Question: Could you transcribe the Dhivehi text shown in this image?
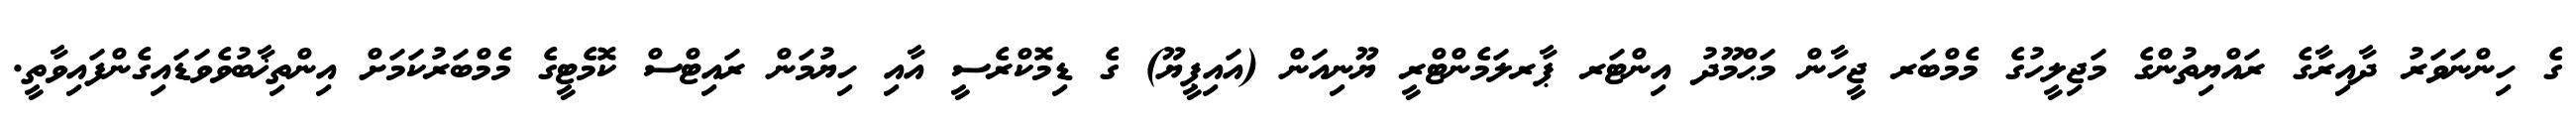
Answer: ގެ ހިންނަވަރު ދާއިރާގެ ރައްޔިތުންގެ މަޖިލީހުގެ މެމްބަރ ޖީހާން މަޙްމޫދު އިންޓަރ ޕާރލަމެންޓްރީ ޔޫނިއަން (އައިޕީޔޫ) ގެ ޑިމޮކްރެސީ އާއި ހިޔުމަން ރައިޓްސް ކޮމެޓީގެ މެމްބަރުކަމަށް އިންތިޚާބުވެވަޑައިގެންފައިވާތީ.